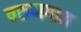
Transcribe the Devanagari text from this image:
वरुणगाछ